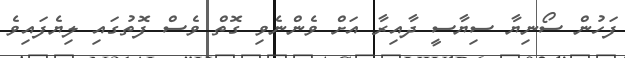
ފަހުން ސޯނިޔާ ސިޔާސީ ދާއިރާ އަަށް ވެންނެވި ގޮތް ވެސް ފޮތުގައި ލިޔެފައިވެ